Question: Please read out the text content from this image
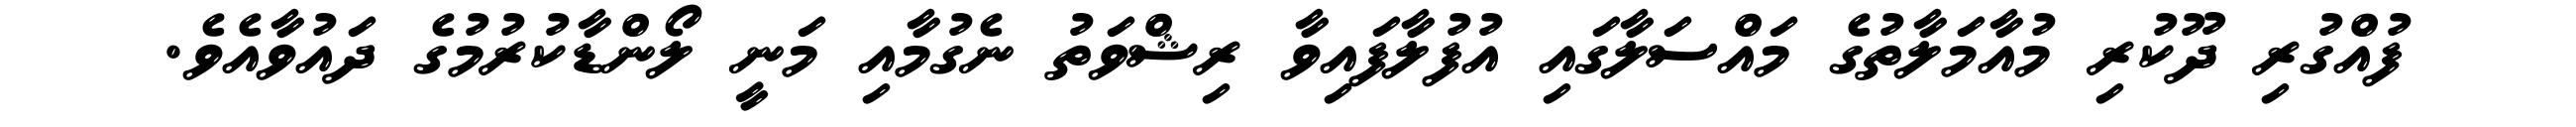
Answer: ފުއްގުރި ދޫކުރި މުއާމަލާތުގެ މައްސަލާގައި އުފުލާފައިވާ ރިޝްވަތު ނެގުމާއި މަނީ ލޯންޑާކުރުމުގެ ދައުވާއެވެ.